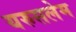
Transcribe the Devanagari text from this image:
यरुसलेम